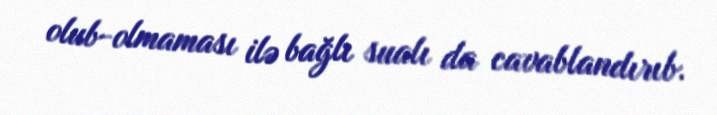
olub-olmaması ilə bağlı sualı da cavablandırıb.